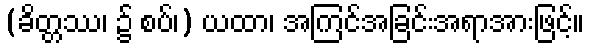
(ခိတ္တဿ၊ ၌ စပ်၊) ယထာ၊ အကြင်အခြင်းအရာအားဖြင့်။